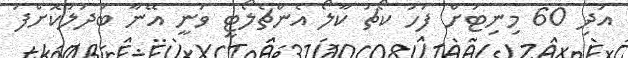
އަދި 60 މިނިޓަށް ފަހު ކޯޗު ކާލޯ އެންޗެލޯޓީ ވަނީ އޭނާ ބަދަލުކޮށްފަ